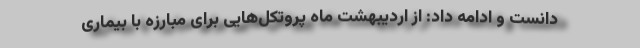
دانست و ادامه داد: از اردیبهشت ماه پروتکل‌هایی برای مبارزه با بیماری